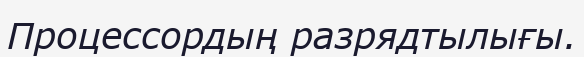
Процессордың разрядтылығы.